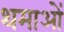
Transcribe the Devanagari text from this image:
थमाओं